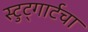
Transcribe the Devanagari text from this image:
स्टुट्गार्टचा